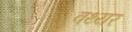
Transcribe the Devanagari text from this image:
वथ्यर